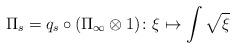
LaTeX: \begin{align*} \Pi_s=q_s\circ (\Pi_\infty\otimes 1)\colon\xi\mapsto\displaystyle\int\sqrt{\xi}\end{align*}